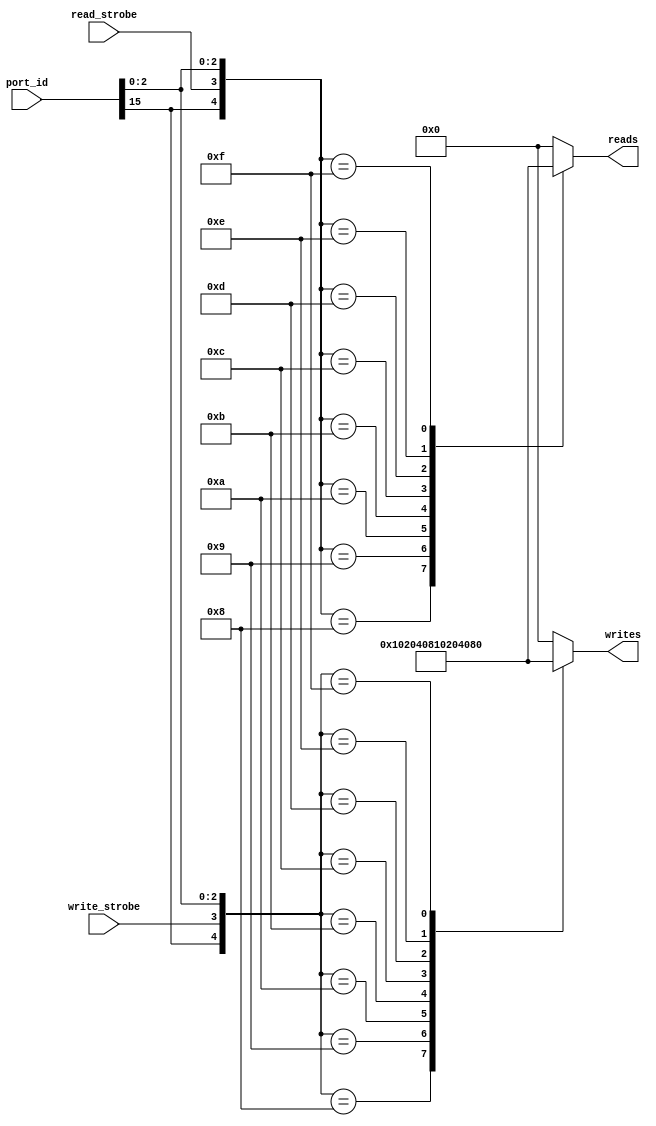
`timescale 1ns / 1ps
//***************************************************************//
//                                                               // 
//  Created by       Nguyen Doan on 3/31/2020	                 //
//  Copyright @ 2020 Nguyen Doan. All rights reserved,           //
//                                                               //    
//                                                               // 
//  In submiting this file for class work ar CSULB               //
//  I am confirming that this is my work and the work      	 //
//  of no one else. In submitting this code I acknowledge that   //
//  plagiarism in student project work is subject to dismissal 	 //
//  from the class                                               //    
//***************************************************************//
module adrs_decode(port_id, read_strobe, write_strobe, writes,
                   reads);
    input       [15:0]      port_id;
    input                   write_strobe, read_strobe;
    output       [7:0]      writes, reads;
    
    reg          [7:0]      writes, reads;
   
    always @(*) 
        casex ({port_id[15],write_strobe,port_id[2:0]})
            5'b1_?_???: writes = 8'b0000_0000; 
            5'b0_1_000: writes = 8'b0000_0001;
            5'b0_1_001: writes = 8'b0000_0010;
            5'b0_1_010: writes = 8'b0000_0100; 
            5'b0_1_011: writes = 8'b0000_1000; 
            5'b0_1_100: writes = 8'b0001_0000;
            5'b0_1_101: writes = 8'b0010_0000;
            5'b0_1_110: writes = 8'b0100_0000;
            5'b0_1_111: writes = 8'b1000_0000;
            default: writes = 8'b0; 
        endcase 
     
    always @(*)
        casex ({port_id[15],read_strobe,port_id[2:0]})
            5'b1_?_???: reads = 8'b0000_0000; 
            5'b0_1_000: reads = 8'b0000_0001;
            5'b0_1_001: reads = 8'b0000_0010;
            5'b0_1_010: reads = 8'b0000_0100; 
            5'b0_1_011: reads = 8'b0000_1000; 
            5'b0_1_100: reads = 8'b0001_0000;
            5'b0_1_101: reads = 8'b0010_0000;
            5'b0_1_110: reads = 8'b0100_0000;
            5'b0_1_111: reads = 8'b1000_0000;
            default: reads = 8'b0; 
        endcase
       
endmodule